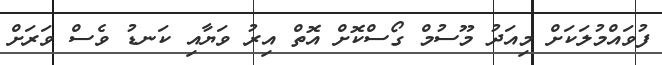
ފުވައްމުލަކަށް މިއަދު މޫސުމް ގޯސްކޮށް އޮތް އިރު ވަޔާއި ކަނޑު ވެސް ވަރަށް